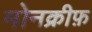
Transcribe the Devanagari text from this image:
मोनक्रीफ़